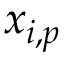
x _ { i , p }